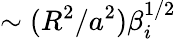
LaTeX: \sim(R^{2}/a^{2})\beta_{i}^{1/2}